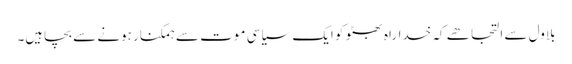
بلاول سے التجا ھے کہ خداراہ بھٹو کو ایک سیاسی موت سے ہمکنار ہونے سے بچاہیں۔